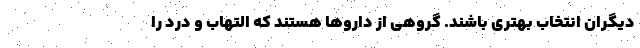
دیگران انتخاب بهتری باشند. گروهی از داروها هستند که التهاب و درد را